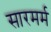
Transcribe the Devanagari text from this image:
सारमर्म